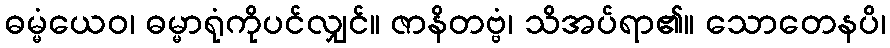
ဓမ္မံယေဝ၊ ဓမ္မာရုံကိုပင်လျှင်။ ဇာနိတဗ္ဗံ၊ သိအပ်ရာ၏။ သောတေနပိ၊